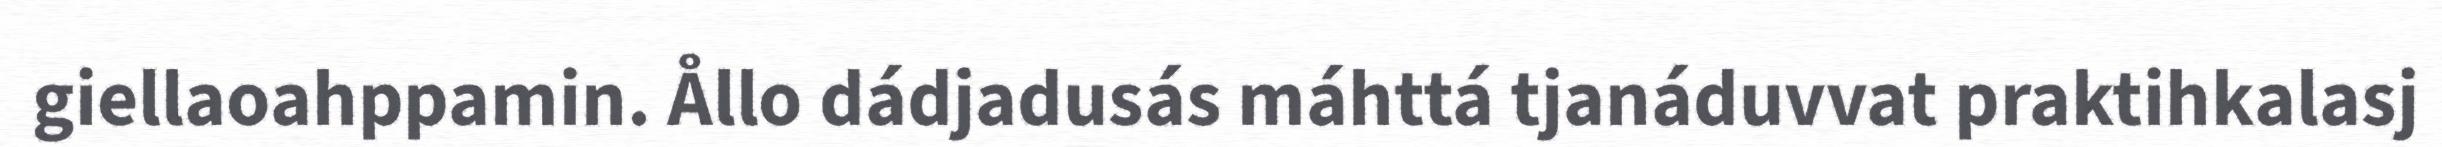
giellaoahppamin. Ållo dádjadusás máhttá tjanáduvvat praktihkalasj